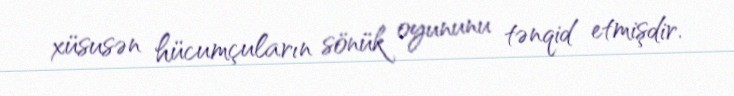
xüsusən hücumçuların sönük oyununu tənqid etmişdir.